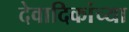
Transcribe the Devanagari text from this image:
देवादिकांच्या